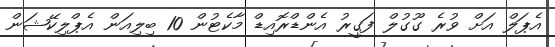
އެޕަލް އަށް ވުރެ ގޫގުލް ފަގީރު އެންޑްރޮއިޑް މާކެޓުން 10 ބިލިއަން އެޕްލިކޭޝަން